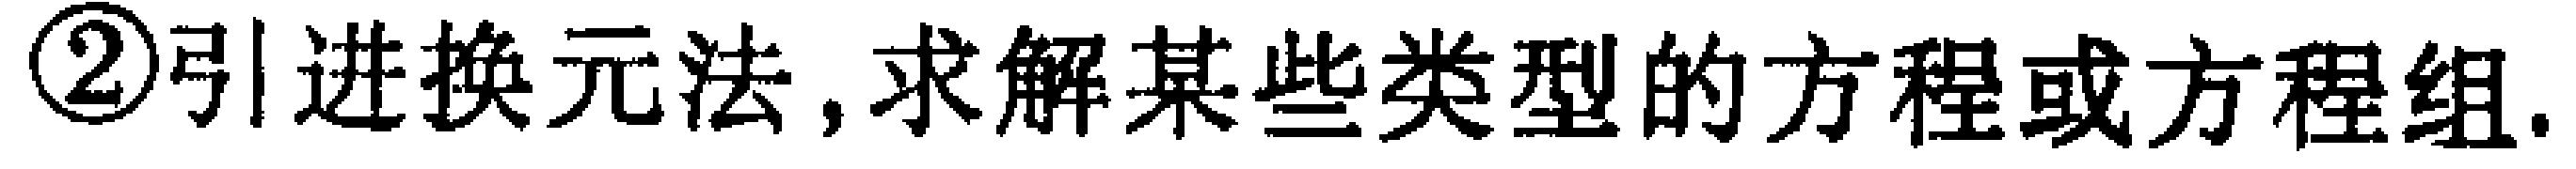
\textcircled{2}引进换元法,求解某些类型的方程或方程组.